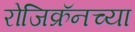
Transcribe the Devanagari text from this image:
रोजिक्रॅनच्या